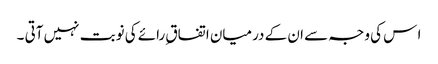
ا س کی وجہ سے ان کے درمیان اتفاق ِرائے کی نوبت نہیں آتی ۔